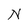
Character: N